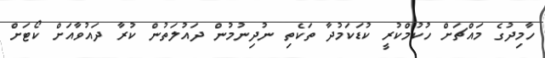
ހާމިދުގެ މައްޗަށް ހުކުމްކުރީ ކުޑަކަމުދާ ތަކެތި ނުދިނުމުން ދައުލަތުން ކުރާ ދައުވާއަށް ކޯޓަށް